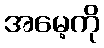
အမေ့ကို